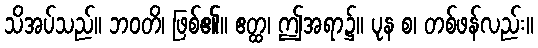
သိအပ်သည်။ ဘဝတိ၊ ဖြစ်၏။ ဧတ္ထ၊ ဤအရာ၌။ ပုန စ၊ တစ်ဖန်လည်း။